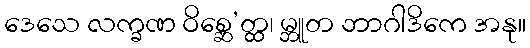
ဒေသေ လက္ခဏ ဝိစ္ဆေ’တ္ထ၊ မ္ဘူတ ဘာဂါဒိကေ အနု။